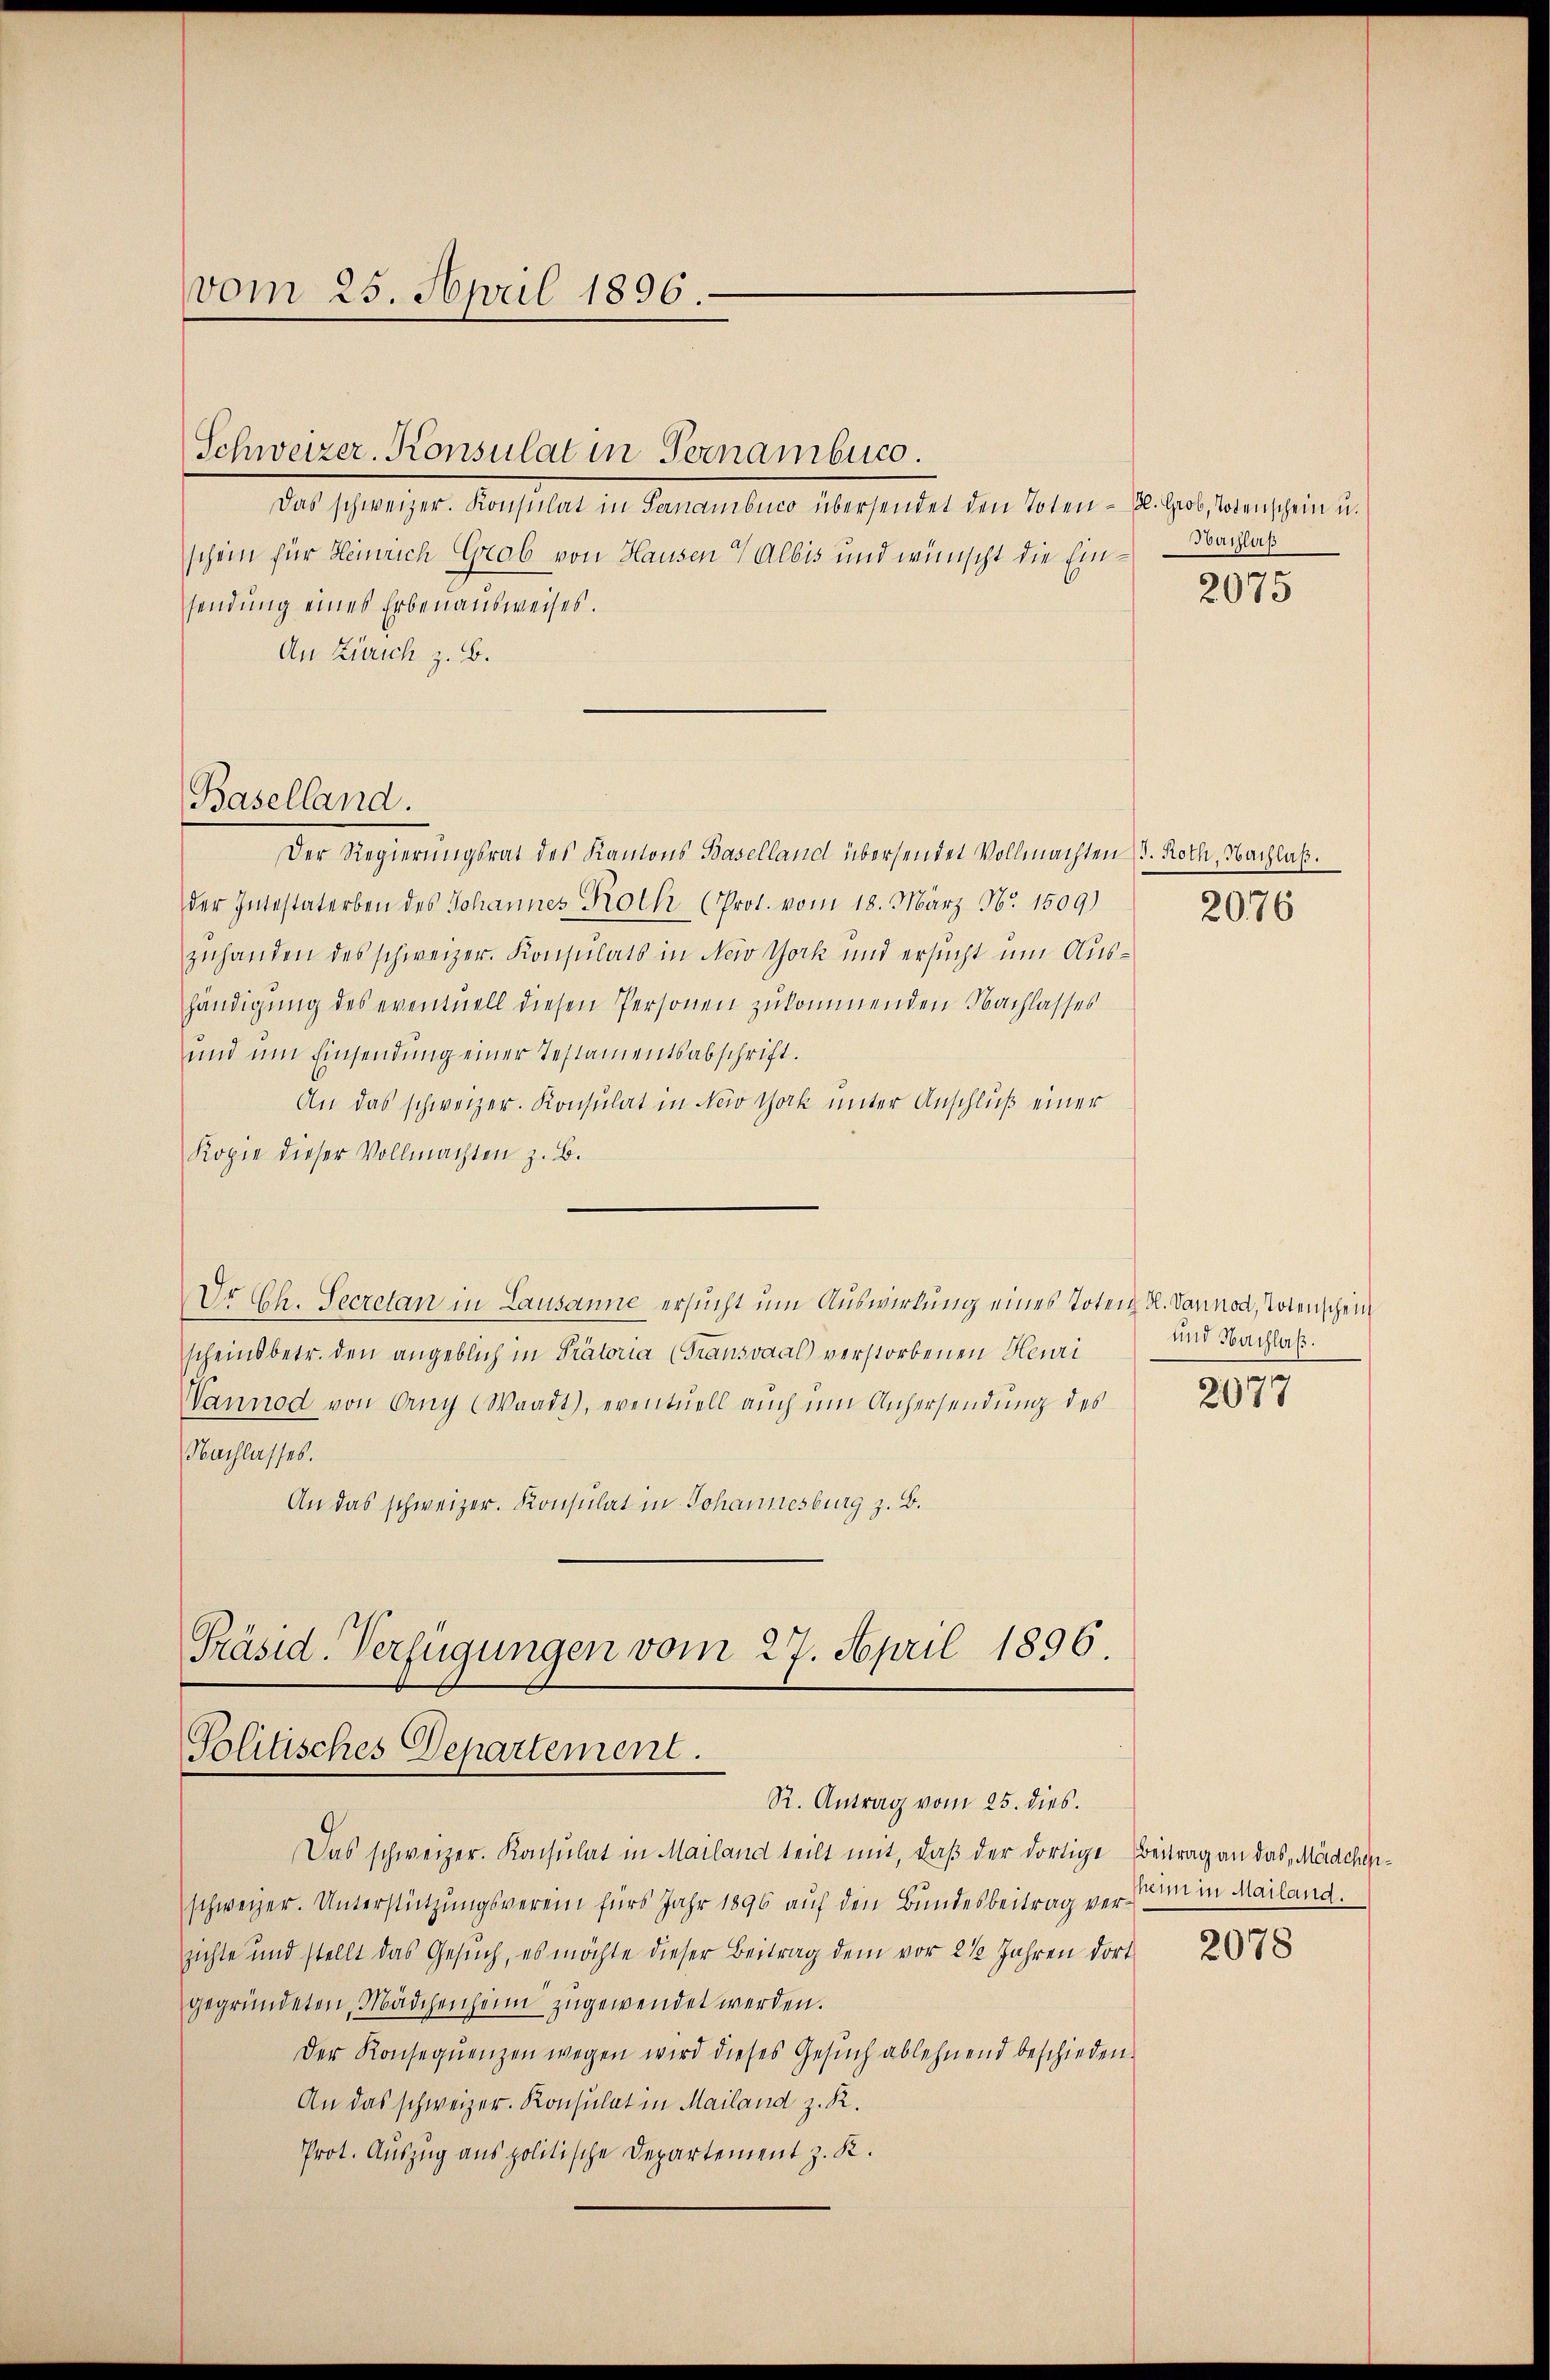
vom 25. April 1896

Baselland.

Schweizer. Konsulat in Pernamburg.

Das schweizer. Konsulat in Pernambico übersendet den Toten - 2. Grob, Todenschein u.
schein für Heinrich Grob von Hausen Albis und wünscht die Ein- Nachlaß
sendung eines Erbenausweises.
An Zürich z. B.

Der Regierungsrat des Kantons Baselland übersendet Vollmachten d. Roth, Nachlaß.
der Intestaterben des Johannes Roth (Prot. vom 18. März No. 1509)
zuhanden des schweizer. Konsulats in Neiv York und ersucht um Aushändigung des eventuell diesen Personen zukommenden Nachlasses
und um Einsendung einer Testamentsabschrift.
An das schweizer. Konsulat in New York unter Anschluß einer
Kopie dieser Vollmachten z. B.
Dr Ch. Secretan in Lausanne ersucht um Auswirkung eines Toten H. Vannod, Totenschein
scheinsbetr. den angeblich in Prätoria (Transvaal) verstorbenen Heuri
Wannod von Arny (Waadt), eventuell auch um Anhersendung des
Nachlasses.
An das schweizer. Konsulat in Johannesburg z. B.

Präsid. Verfügungen vom 27. April 1896.
Politisches Departement.
R. Antrag vom 25. dies.

Das schweizer. Konsulat in Mailand teilt mit, daß der dortige Beitrag an das Mädchenschweizer. Unterstützungsverein fürs Jahr 1896 auf den Bundesbeitrag verzichte und stellt das Gesŭch, es möchte dieser Beitrag dem vor 2 1/2 Jahren dort
gegründeten, Mädchenheim zugewendet werden.
Der Konseqŭenzen wegen wird dieses Gesŭch ablehnend beschieden.
An das schweizer. Konsulat in Mailand z. R.
Prot. Auszug aus politische Departement z. K.

2075

2076

und Nachlaß.

2077

sheim in Mailand.

2078